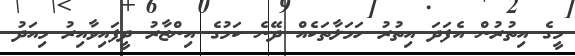
މީގެ އިތުރުން އެފަދަ އިތުރު ހަމަލާތަކެއް ދޭނެ ކަމުގެ އިންޒާރު ދީފައިވާއިރު މިއަދު